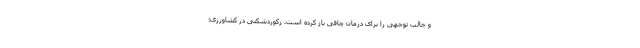
و جالب توجهی را برای درمان چاقی باز کرده است. رکوردشکنی در کشاورزی؛